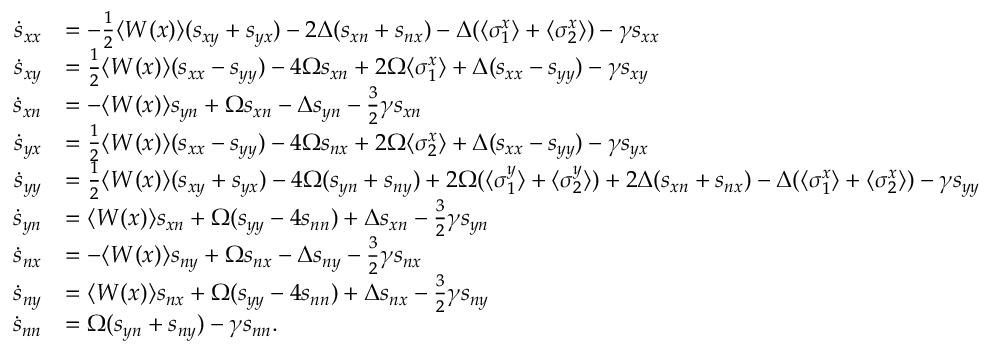
\begin{array} { r l } { \dot { s } _ { x x } } & { = - \frac { 1 } { 2 } \langle W ( x ) \rangle ( s _ { x y } + s _ { y x } ) - 2 \Delta ( s _ { x n } + s _ { n x } ) - \Delta ( \langle \sigma _ { 1 } ^ { x } \rangle + \langle \sigma _ { 2 } ^ { x } \rangle ) - \gamma s _ { x x } } \\ { \dot { s } _ { x y } } & { = \frac { 1 } { 2 } \langle W ( x ) \rangle ( s _ { x x } - s _ { y y } ) - 4 \Omega s _ { x n } + 2 \Omega \langle \sigma _ { 1 } ^ { x } \rangle + \Delta ( s _ { x x } - s _ { y y } ) - \gamma s _ { x y } } \\ { \dot { s } _ { x n } } & { = - \langle W ( x ) \rangle s _ { y n } + \Omega s _ { x n } - \Delta s _ { y n } - \frac { 3 } { 2 } \gamma s _ { x n } } \\ { \dot { s } _ { y x } } & { = \frac { 1 } { 2 } \langle W ( x ) \rangle ( s _ { x x } - s _ { y y } ) - 4 \Omega s _ { n x } + 2 \Omega \langle \sigma _ { 2 } ^ { x } \rangle + \Delta ( s _ { x x } - s _ { y y } ) - \gamma s _ { y x } } \\ { \dot { s } _ { y y } } & { = \frac { 1 } { 2 } \langle W ( x ) \rangle ( s _ { x y } + s _ { y x } ) - 4 \Omega ( s _ { y n } + s _ { n y } ) + 2 \Omega ( \langle \sigma _ { 1 } ^ { y } \rangle + \langle \sigma _ { 2 } ^ { y } \rangle ) + 2 \Delta ( s _ { x n } + s _ { n x } ) - \Delta ( \langle \sigma _ { 1 } ^ { x } \rangle + \langle \sigma _ { 2 } ^ { x } \rangle ) - \gamma s _ { y y } } \\ { \dot { s } _ { y n } } & { = \langle W ( x ) \rangle s _ { x n } + \Omega ( s _ { y y } - 4 s _ { n n } ) + \Delta s _ { x n } - \frac { 3 } { 2 } \gamma s _ { y n } } \\ { \dot { s } _ { n x } } & { = - \langle W ( x ) \rangle s _ { n y } + \Omega s _ { n x } - \Delta s _ { n y } - \frac { 3 } { 2 } \gamma s _ { n x } } \\ { \dot { s } _ { n y } } & { = \langle W ( x ) \rangle s _ { n x } + \Omega ( s _ { y y } - 4 s _ { n n } ) + \Delta s _ { n x } - \frac { 3 } { 2 } \gamma s _ { n y } } \\ { \dot { s } _ { n n } } & { = \Omega ( s _ { y n } + s _ { n y } ) - \gamma s _ { n n } . } \end{array}